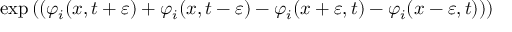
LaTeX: \exp \left( \b ( \varphi _ { i } ( x , t + \varepsilon ) + \varphi _ { i } ( x , t - \varepsilon ) - \varphi _ { i } ( x + \varepsilon , t ) - \varphi _ { i } ( x - \varepsilon , t ) ) \right)